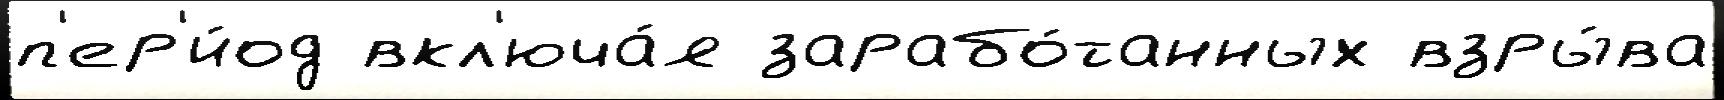
п'ер'и́од вкл'юча́я зарабо́танных взры́ва